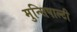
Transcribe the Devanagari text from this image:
मुन्सिपाल्टी